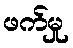
ဖက်မှု